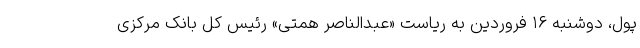
پول، دوشنبه ۱۶ فروردین به ریاست «عبدالناصر همتی» رئیس کل بانک مرکزی